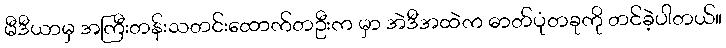
မီဒီယာမှ အကြီးတန်းသတင်းထောက်တဦးက မှာ အဲဒီအထဲက ဓာတ်ပုံတခုကို တင်ခဲ့ပါတယ်။